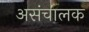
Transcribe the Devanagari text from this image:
असंचालक